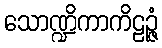
သောဏ္ဍိကာကိဠဉ္ဇံ